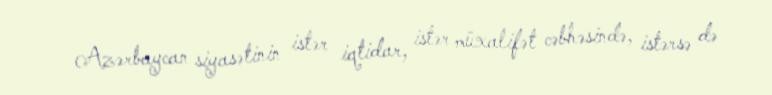
Azərbaycan siyasətinin istər iqtidar, istər müxalifət cəbhəsində, istərsə də